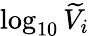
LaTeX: \log_{10}\widetilde V_{i}